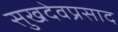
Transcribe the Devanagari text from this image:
सुखदेवप्रसाद